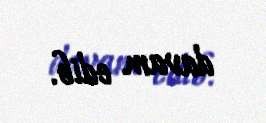
davam edib.